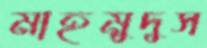
মাহমুদুস